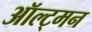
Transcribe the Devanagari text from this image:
ऑल्ट्मन